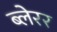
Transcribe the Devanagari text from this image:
ब्लेरर